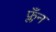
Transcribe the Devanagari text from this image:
फ्लँन